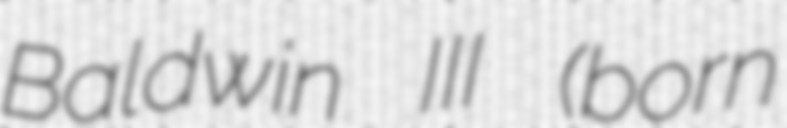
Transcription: Baldwin III (born